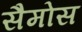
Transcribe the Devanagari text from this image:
सैमोस